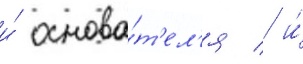
и́ основа́т'ел'я / и́